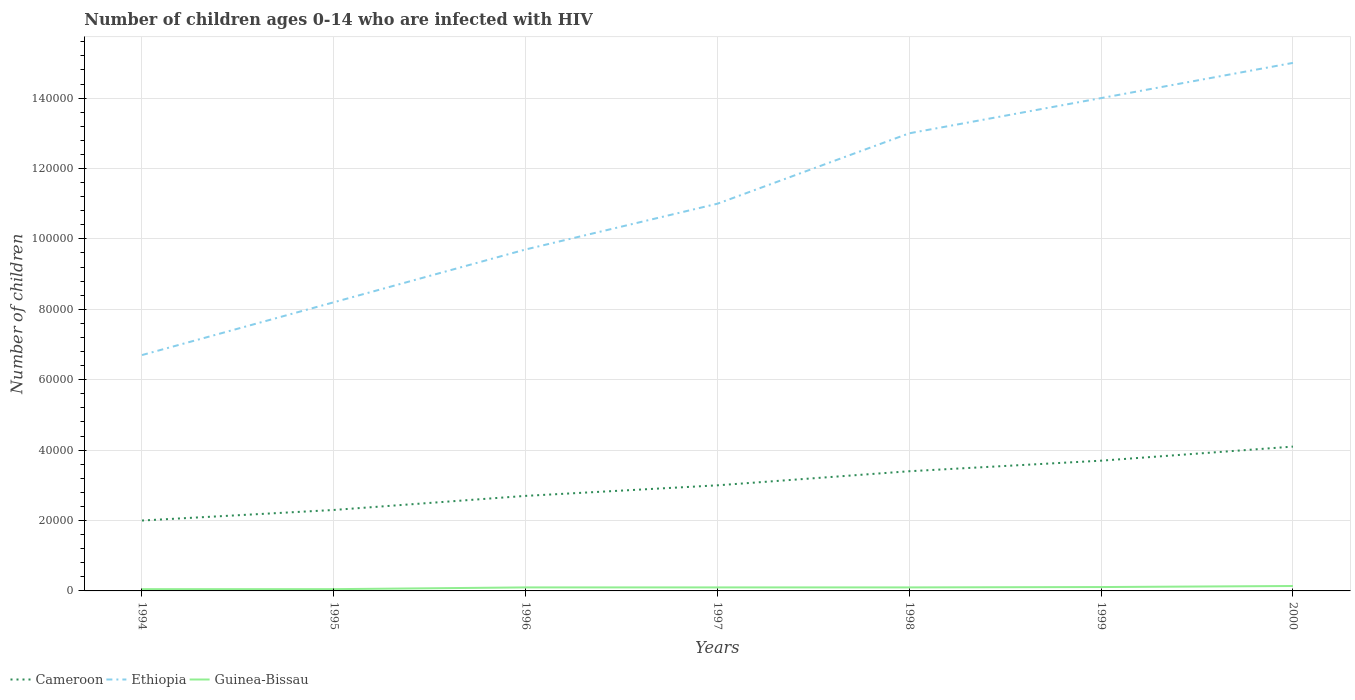
| Years | Cameroon | Ethiopia | Guinea-Bissau |
 | --- | --- | --- | --- |
 | 1994 | 2e+04 | 6.7e+04 | 500 |
 | 1995 | 2.3e+04 | 8.2e+04 | 500 |
 | 1996 | 2.7e+04 | 9.7e+04 | 1e+03 |
 | 1997 | 3e+04 | 1.1e+05 | 1e+03 |
 | 1998 | 3.4e+04 | 1.3e+05 | 1e+03 |
 | 1999 | 3.7e+04 | 1.4e+05 | 1.1e+03 |
 | 2000 | 4.1e+04 | 1.5e+05 | 1.4e+03 |